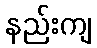
နည်းကျ